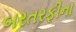
બરતરફીના